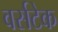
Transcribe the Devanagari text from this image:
वर्सटेक